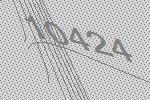
10424